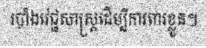
របាំងវេជ្ជសាស្ត្រដើម្បីការពារខ្លួន។